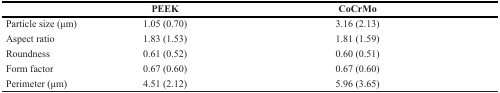
<table><thead><tr><td>[EMPTY_CELL]</td><td><b>PEEK</b></td><td><b>CoCrMo</b></td></tr></thead><tbody><tr><td>Particle size (μm)</td><td>1.05 (0.70)</td><td>3.16 (2.13)</td></tr><tr><td>Aspect ratio</td><td>1.83 (1.53)</td><td>1.81 (1.59)</td></tr><tr><td>Roundness</td><td>0.61 (0.52)</td><td>0.60 (0.51)</td></tr><tr><td>Form factor</td><td>0.67 (0.60)</td><td>0.67 (0.60)</td></tr><tr><td>Perimeter (μm)</td><td>4.51 (2.12)</td><td>5.96 (3.65)</td></tr></tbody></table>